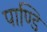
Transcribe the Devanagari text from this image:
पाण्डि